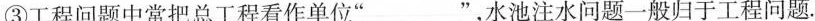
③工程问题中常把总工程看作单位”___”，水池注水问题一般归于工程问题.